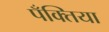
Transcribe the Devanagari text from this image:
पँक्तिया